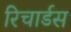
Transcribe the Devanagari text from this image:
रिचार्डस